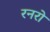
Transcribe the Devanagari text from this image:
रनरों